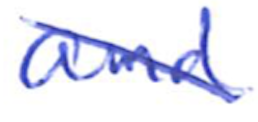
Text: and
Cross-out: diagonal
Writing tool: ballpoint